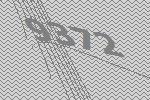
9372